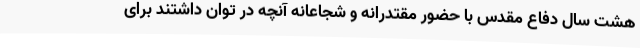
هشت سال دفاع مقدس با حضور مقتدرانه و شجاعانه آنچه در توان داشتند برای